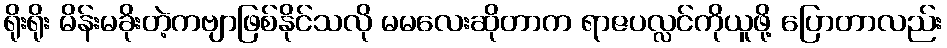
ရိုးရိုး မိန်းမခိုးတဲ့ကဗျာဖြစ်နိုင်သလို မမလေးဆိုတာက ရာဇပလ္လင်ကိုယူဖို့ ပြောတာလည်း